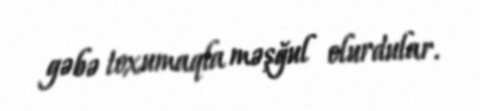
gəbə toxumaqla məşğul olurdular.